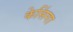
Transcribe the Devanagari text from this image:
केसिंगा